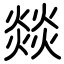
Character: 燚